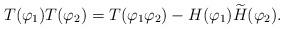
LaTeX: \begin{align*} T(\varphi_1)T(\varphi_2) = T(\varphi_1\varphi_2) - H(\varphi_1)\widetilde H(\varphi_2). \end{align*}